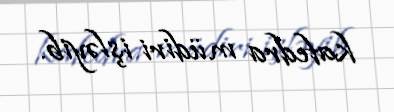
kafedra müdiri işləyib.